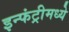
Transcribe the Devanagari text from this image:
इन्फंट्रीमध्ये